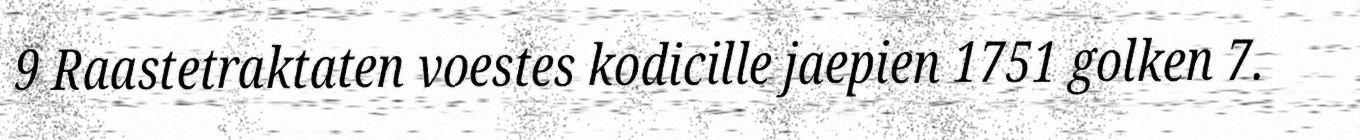
9 Raastetraktaten voestes kodicille jaepien 1751 golken 7.